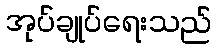
အုပ်ချုပ်ရေးသည်